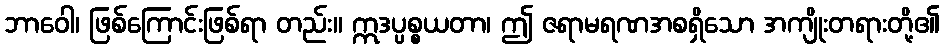
ဘာဝေါ၊ ဖြစ်ကြောင်းဖြစ်ရာ တည်း။ ဣဒပ္ပစ္စယတာ၊ ဤ ဇရာမရဏအစရှိသော အကျိုးတရားတို့၏